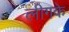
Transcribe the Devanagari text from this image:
लीगके